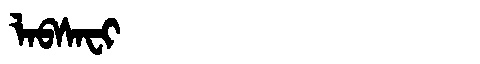
Manchu: ᠯᠠᠪᠰᠠᠸᡳ
Romanization: LABSAFI